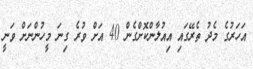
އަހަރުގެ މެދު ތެރޭގައި އިއުލާންކޮށްގެން 40 އަށް ވުރެ ގިނަ މީހުންނަށް ވަނީ